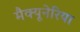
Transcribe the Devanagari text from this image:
मैक्यूनेरिया